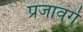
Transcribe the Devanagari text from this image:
प्रजावर्ग